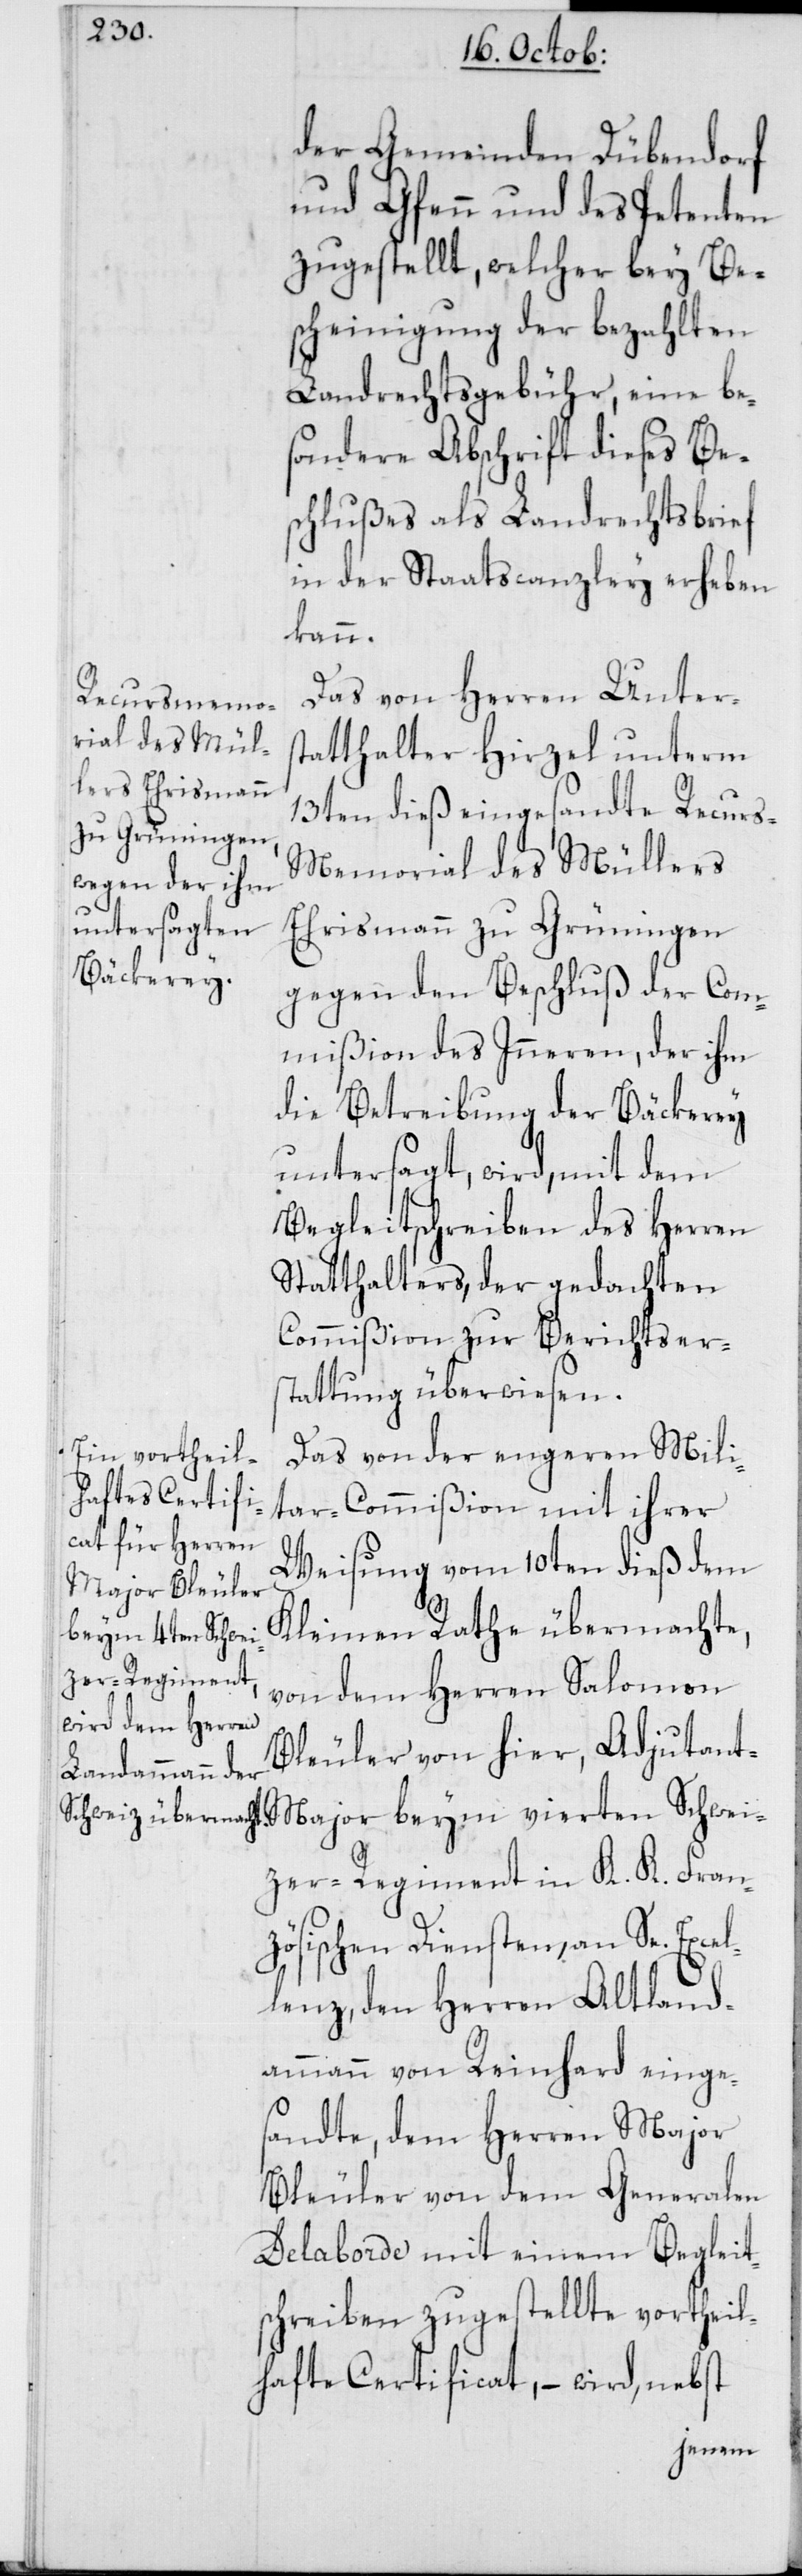
der Gemeinden Dübendorf
und Gfenn und des Petenten
zugestellt, welcher bey Be¬
scheinigung der bezahlten
Landrechtsgebühr, eine be¬
sondere Abschrift dieses Be¬
schlußes als Landrechtsbrief
in der Staatscanzley erheben
kann.
Das von Herren Unters¬
tatthalter Hirzel unterm
13ten dieß eingesandte Recur¬
s-Memorial des Müllers
Ehrismann zu Grüningen
gegen den Beschluß der Com¬
mißion des Inneren, der ihm
die Betreibung der Bäckerey
untersagt, wird, mit dem
Begleitschreiben des Herren
Statthalters, der gedachten
Commißion zur Berichtsers¬
tattung überwiesen.
Das von der engeren Mili¬
tar-Ccommißion mit ihrer
Weisung vom 10ten dieß dem
Kleinen Rathe übermachte,
von dem Herren Salomon
Bleuler von hier, Adjudan¬
t-Major beym 4ten Schwei¬
zer-Regiment in K. K. Fran¬
zösischen Diensten, an Se. Excel¬
lenz, den Herren Altland¬
ammann von Reinhard einge¬
sandte, dem Herren Major
Bleuler von dem Generalen
Delaborde mit einem Begleit¬
schreiben zugestellte vortheil¬
hafte Certificat, – wird, nebst